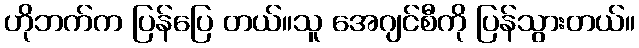
ဟိုဘက်က ပြန်ပြေ တယ်။သူ အေဂျင်စီကို ပြန်သွားတယ်။